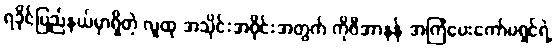
ရခိုင်ပြည်နယ်မှာရှိတဲ့ လူထု အသိုင်းအဝိုင်းအတွက် ကိုဖီအာနန် အကြံပေးကော်မရှင်ရဲ့